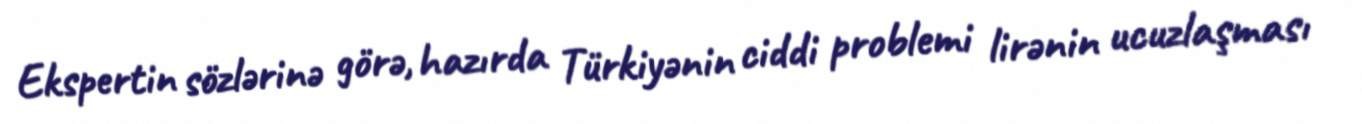
Ekspertin sözlərinə görə, hazırda Türkiyənin ciddi problemi lirənin ucuzlaşması